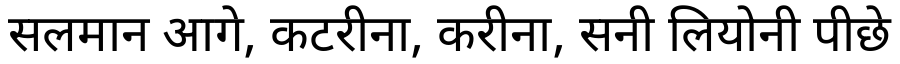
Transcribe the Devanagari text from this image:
सलमान आगे, कटरीना, करीना, सनी लियोनी पीछे